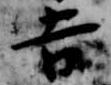
吉